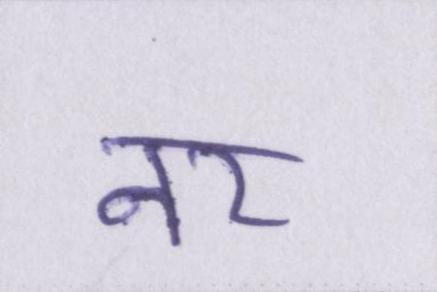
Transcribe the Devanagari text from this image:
नर